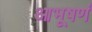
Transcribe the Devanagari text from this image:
आभूषणं